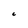
Character: C